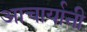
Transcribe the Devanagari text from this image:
आचार्यानी